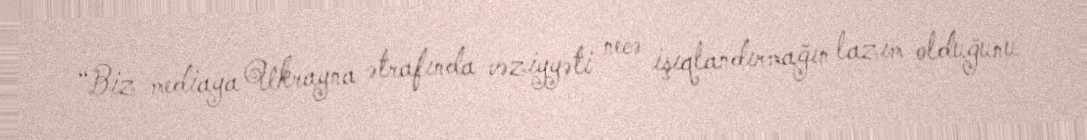
“Biz mediaya Ukrayna ətrafında vəziyyəti necə işıqlandırmağın lazım olduğunu